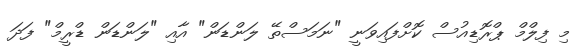
މި ފިލްމް ޕްރޮޑިއުސް ކޮށްފައިވަނީ "ނަމަސްތޭ ލަންޑަން" އާއި "ލަންޑަން ޑްރީމް" ފަދަ